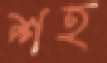
শহ